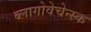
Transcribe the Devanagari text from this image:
ब्लागोवेचेन्स्क